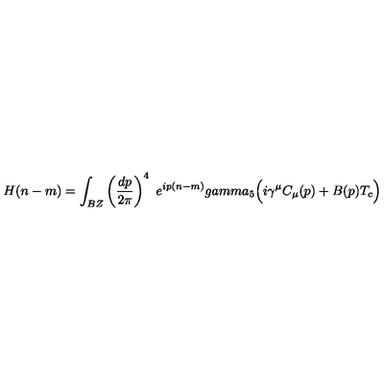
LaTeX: H ( n - m ) = \int _ { B Z } \left( { \frac { d p } { 2 \pi } } \right) ^ { 4 } \ e ^ { i p ( n - m ) } g a m m a _ { 5 } \Bigl ( i \gamma ^ { \mu } C _ { \mu } ( p ) + B ( p ) T _ { c } \Bigr )